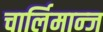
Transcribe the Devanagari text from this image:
चार्लिमान्ज